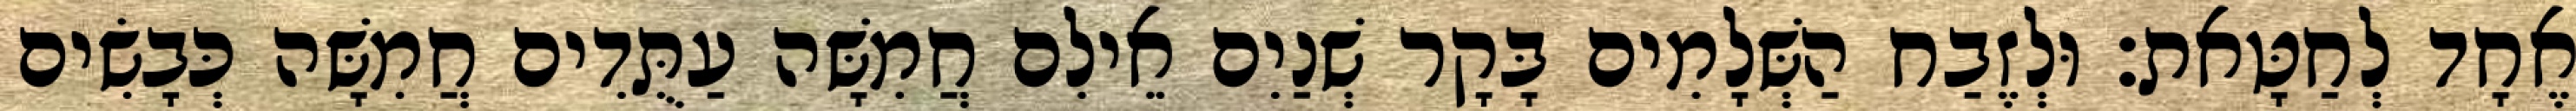
אֶחָד לְחַטָּאת׃ וּלְזֶבַח הַשְּׁלָמִים בָּקָר שְׁנַיִם אֵילִם חֲמִשָּׁה עַתֻּדִים חֲמִשָּׁה כְּבָשִׂים